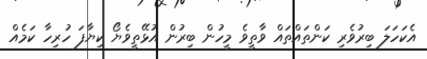
އެކަހަލަ ބިރުވެރި ކަންތައްތައް ވާތީވެ މީހުން ބިރުން އުޅޭތީވެޔޯ ކިޔާފަ ހުރިހާ ކަމެއް